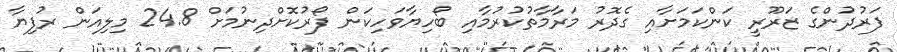
ފަރުދުންގެ ޒަރޫރީ ކަންކަމަށާއި ގެދޮރު މަރާމާތުކުރުމާއި ބޯހިޔާވަހިކަން ފޯރުކޮށްދިނުމަށް 24.8 މިލިއަން ރުފިޔާ